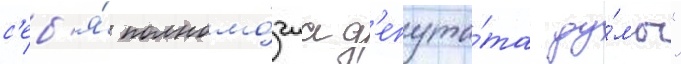
с'еб'я́ полномо́чиа д'епута́та ду́мы"